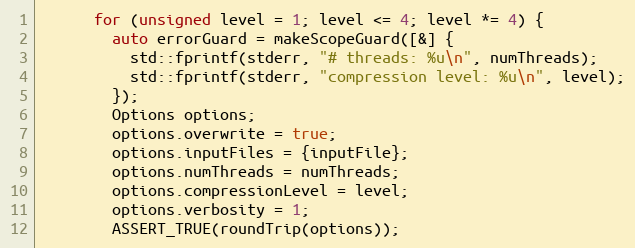
Language: C++
      for (unsigned level = 1; level <= 4; level *= 4) {
        auto errorGuard = makeScopeGuard([&] {
          std::fprintf(stderr, "# threads: %u\n", numThreads);
          std::fprintf(stderr, "compression level: %u\n", level);
        });
        Options options;
        options.overwrite = true;
        options.inputFiles = {inputFile};
        options.numThreads = numThreads;
        options.compressionLevel = level;
        options.verbosity = 1;
        ASSERT_TRUE(roundTrip(options));